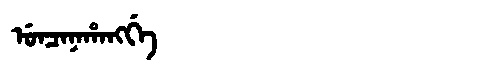
Manchu: ᡠᠨᠴᠠᠨᠠᡥᠠᠩᡤᡝ
Romanization: UNCANAHANGGE